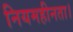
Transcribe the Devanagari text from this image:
नियमहीनता।